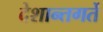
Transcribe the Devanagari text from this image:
देशान्तगर्ते